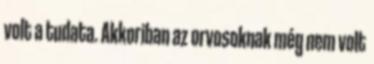
volt a tudata. Akkoriban az orvosoknak még nem volt